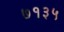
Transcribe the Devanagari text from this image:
७१३५